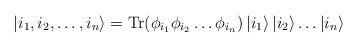
LaTeX: \begin{align*}\left| {i_1,i_2,\ldots ,i_n} \right\rangle={\textnormal{Tr} } (\phi _{i_1}\phi _{i_2}\ldots \phi _{i_n})\left| {i_1} \right\rangle\left| {i_2} \right\rangle\ldots \left| {i_n} \right\rangle\end{align*}